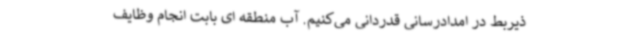
ذیربط در امدادرسانی قدردانی می‌کنیم. آب منطقه ای بابت انجام وظایف